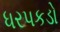
ધરપકડો